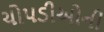
ચોપડીઓની